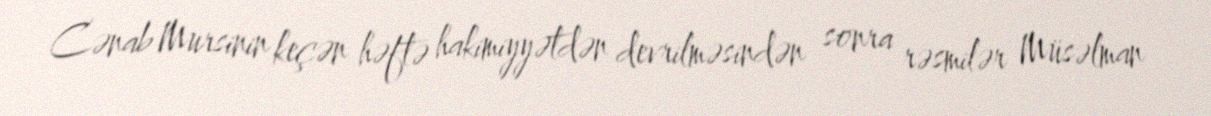
Cənab Mursinin keçən həftə hakimiyyətdən devrilməsindən sonra rəsmilər Müsəlman